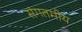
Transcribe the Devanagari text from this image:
संगतमीय